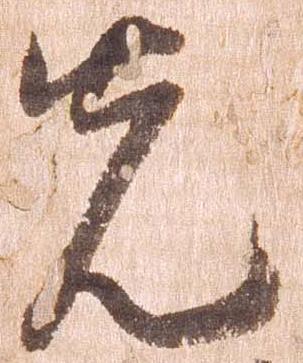
先